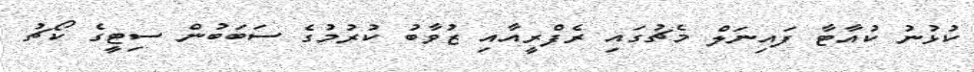
ކުޅުނު ކުއާޓާ ފައިނަލް މެޗުގައި ރެފްރީއާއި ޒުވާބު ކުރުމުގެ ސަބަބުން ސިޓީގެ ކޯޗު